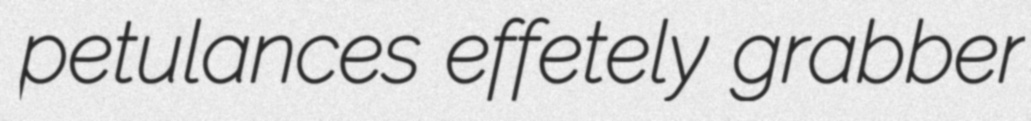
petulances effetely grabber